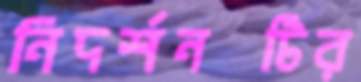
নিদর্শনটির